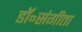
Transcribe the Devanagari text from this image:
डॉ॰संगीता